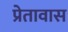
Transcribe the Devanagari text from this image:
प्रेतावास